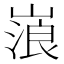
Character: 𡻔